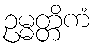
ဥမ္မတ္တိကံ